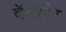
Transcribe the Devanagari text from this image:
बॅल्फ़ोर